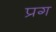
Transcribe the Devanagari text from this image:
प्रग